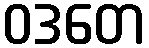
ဝဒတေ